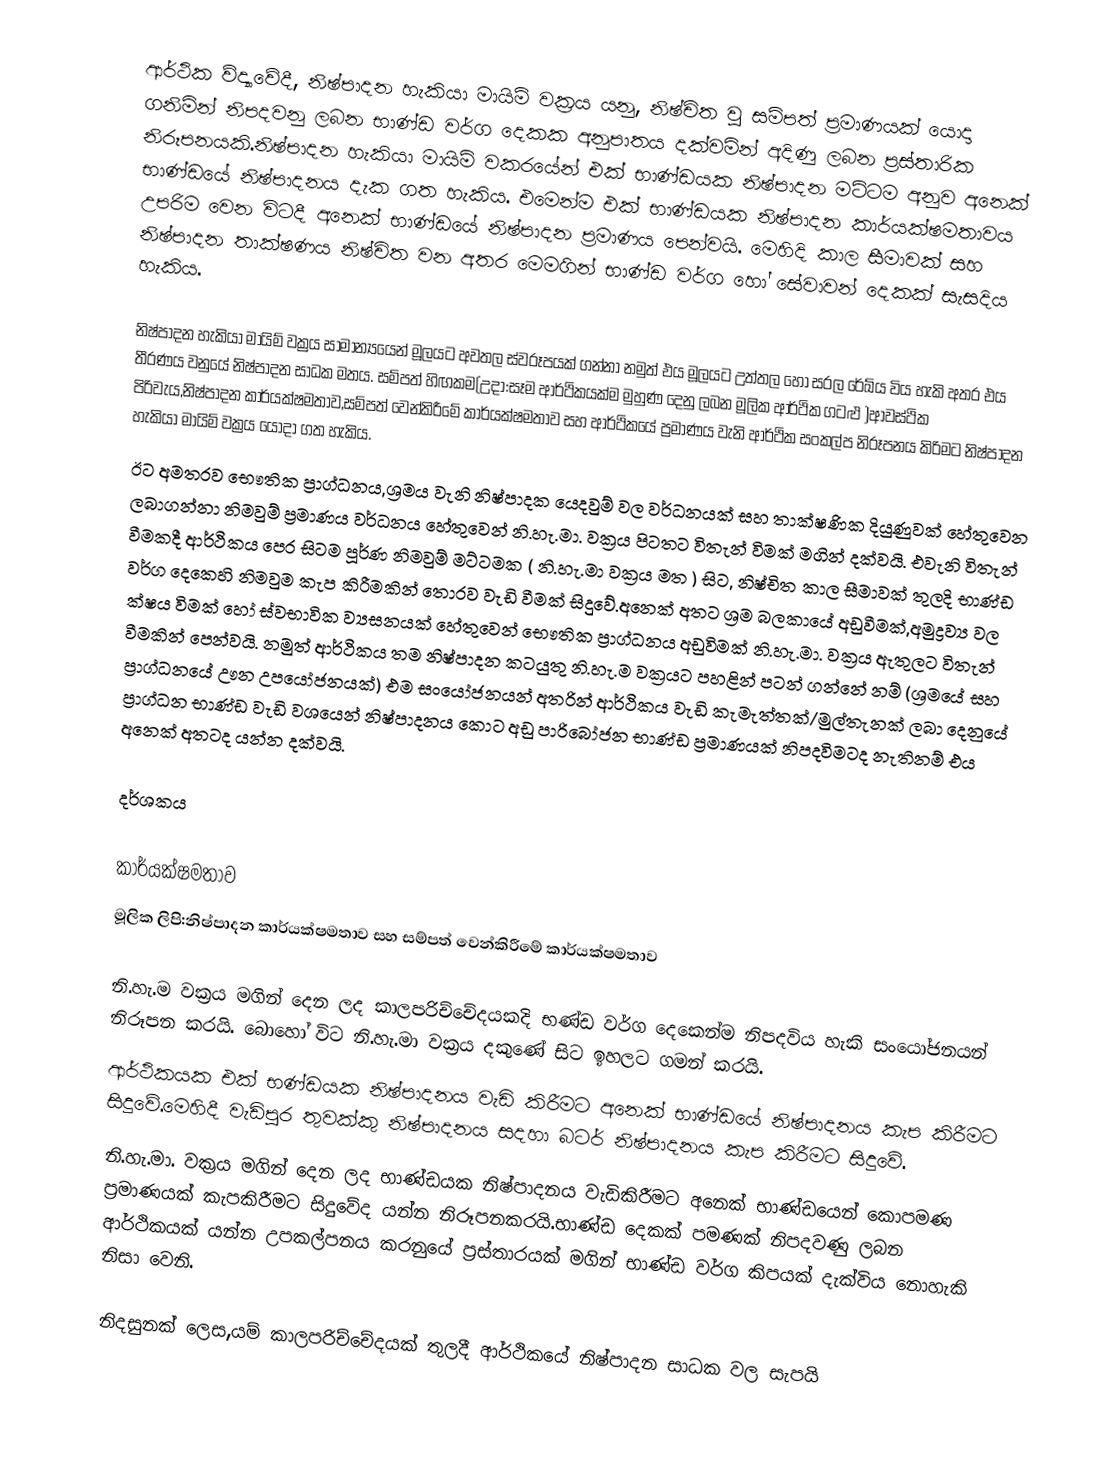
ආර්ථික ව්ද්‍යාවේදී, නිෂ්පාදන හැකියා මායිම් වක්‍රය යනු, නිෂ්චිත වු සම්පත් ප්‍රමාණයක්  යොදා ගනිමින් නිපදවනු ලබන භාණ්ඩ වර්ග දෙකක අනුපාතය දක්වමින් අදිණු ලබන ප්‍රස්තාරික නිරූපනයකි.නිෂ්පාදන හැකියා මායිම් වකරයේන් එක් භාණ්ඩයක නිෂ්පාදන මට්ටම අනුව අනෙක් භාණ්ඩයේ නිෂ්පාදනය දැක ගත හැකිය. එමෙන්ම එක් භාණ්ඩයක නිෂ්පාදන කාර්යක්ෂමතාවය උපරිම වෙන විටදී අනෙක් භාණ්ඩයේ නිෂ්පාදන ප්‍රමාණය පෙන්වයි. මෙහිදි  කාල සීමාවක් සහ නිෂ්පාදන තාක්ෂණය නිෂ්චිත වන අතර මෙමගින් භාණ්ඩ වර්ග හෝ සේවාවන් දෙකක් සැසදිය හැකිය.

නිෂ්පාදන හැකියා මායිම් වක්‍රය සාමාන්‍යයෙන් මූලයට අවතල ස්වරූපයක් ගන්නා නමුත් එය මූලයට උත්තල හෝ සරල රේඛ්ය විය හැකි අතර එය තීරණය වනුයේ නිෂ්පාදන සාධක මතය. සම්පත් හිඟකම(උදා:සෑම ආර්ථිකයක්ම මුහුණ දෙනු ලබන මූලික ආර්ථික ගටළු )ආවස්ථික පිරිවැය,නිෂ්පාදන කාර්යක්ෂමතාව,සම්පත් වෙන්කිරීමේ කාර්යක්ෂමතාව සහ ආර්ථිකයේ ප්‍රමාණය වැනි ආර්ථික සංකල්ප නිරූපනය කිරිමට නිෂ්පාදන හැකියා මායිම් වක්‍රය යොදා ගත හැකිය.
ඊට අමතරව භෞතික ප්‍රාග්ධනය,ශ්‍රමය වැනි නිෂ්පාදක යෙදවුම් වල වර්ධනයක් සහ තාක්ෂණික දියුණුවක් හේතුවෙන ලබාගන්නා නිමවුම් ප්‍රමාණය වර්ධනය හේතුවෙන් නි.හැ.මා. වක්‍රය පිටතට විතැන් විමක් මගින් දක්වයි. එවැනි විතැන් වීමකදී ආර්ථිකය පෙර සිටම පූර්ණ නිමවුම් මට්ටමක ( නි.හැ.මා වක්‍රය මත ) සිට, නිෂ්චිත කාල සීමාවක් තුලදි භාණ්ඩ වර්ග දෙකෙහි නිමවුම කැප කිරීමකින් තොරව වැඩි වීමක් සිදුවේ.අනෙක් අතට ශ්‍රම බලකායේ අඩුවීමක්,අමුද්‍රව්‍ය වල ක්ෂය විමක් හෝ ස්වභාවික ව්‍යසනයක් හේතුවෙන් භෞතික ප්‍රාග්ධනය අඩුවිමක් නි.හැ.මා. වක්‍රය ඇතුලට විතැන් වීමකින් පෙන්වයි. නමුත් ආර්ථිකය තම නිෂ්පාදන කටයුතු නි.හැ.ම වක්‍රයට පහළින් පටන් ගන්නේ නම් (ශ්‍රමයේ සහ ප්‍රාග්ධනයේ ඌන උපයෝජනයක්) එම සංයෝජනයන් අතරින් ආර්ථිකය වැඩි කැමැත්තක්/මුල්තැනක් ලබා දෙනුයේ ප්‍රාග්ධන භාණ්ඩ වැඩි වශයෙන් නිෂ්පාදනය කොට අඩු පාරිබෝජන භාණ්ඩ ප්‍රමාණයක් නිපදවිමටද නැතිනම් එය අනෙක් අතටද යන්න දක්වයි.

දර්ශකය

කාර්යක්ෂමතාව
මූලික ලිපි:නිෂ්පාදන කාර්යක්ෂමතාව සහ සම්පත් වෙන්කිරීමේ කාර්යක්ෂමතාව

නි.හැ.ම වක්‍රය මගින් දෙන ලද කාලපරිච්චේදයකදි භණ්ඩ වර්ග දෙකෙන්ම නිපදවිය හැකි සංයෝජනයන් නිරූපන කරයි. බොහෝ විට නි.හැ.මා වක්‍රය දකුණේ සිට ඉහලට ගමන් කරයි.
ආර්ථිකයක එක් භණ්ඩයක නිෂ්පාදනය වැඩි කිරීමට අනෙක් භාණ්ඩයේ නිෂ්පාදනය කැප කිරීමට සිදුවේ.මෙහිදී වැඩිපුර තුවක්කු නිෂ්පාදනය සදහා බටර් නිෂ්පාදනය කැප කිරීමට සිදුවේ.
නි.හැ.මා. වක්‍රය මගින් දෙන ලද භාණ්ඩයක නිෂ්පාදනය වැඩිකිරීමට අනෙක් භාණ්ඩයෙන් කොපමණ ප්‍රමාණයක් කැපකිරීමට සිදුවේද යන්න නිරූපනකරයි.භාණ්ඩ දෙකක් පමණක් නිපදවණු ලබන ආර්ථිකයක් යන්න උපකල්පනය කරනුයේ ප්‍රස්තාරයක් මගින් භාණ්ඩ වර්ග කිපයක් දැක්විය නොහැකි නිසා වෙනි.

නිදසුනක් ලෙස,යම් කාලපරිච්චේදයක් තුලදී ආර්ථිකයේ නිෂ්පාදන සාධක වල සැපයි